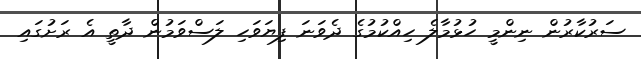
ސަރުކާރުން ނިންމީ ހުޅުމާލެ ހިއްކުމުގެ ދެވަނަ ފިޔަވަހި ލަސްވަމުން ދާތީ އެ ރަށުގައި